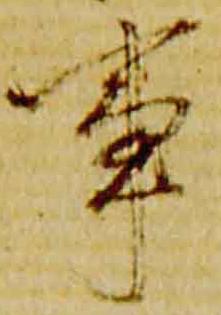
事